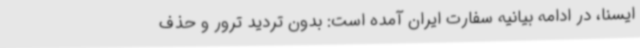
ایسنا، در ادامه بیانیه سفارت ایران آمده است: بدون تردید ترور و حذف